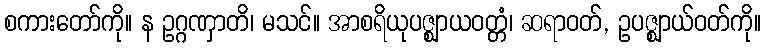
စကားတော်ကို။ န ဥဂ္ဂဏှာတိ၊ မသင်။ အာစရိယုပဇ္ဈာယဝတ္တံ၊ ဆရာဝတ်, ဥပဇ္ဈာယ်ဝတ်ကို။